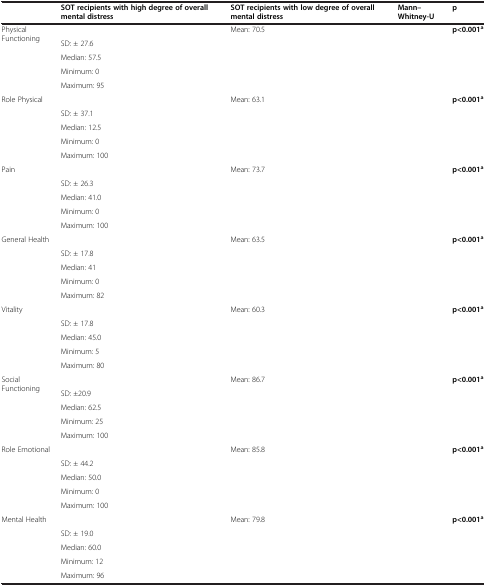
<table><thead><tr><td>[EMPTY_CELL]</td><td><b>SOT recipients with high degree of overall mental distress</b></td><td><b>SOT recipients with low degree of overall mental distress</b></td><td><b>Mann–Whitney-U</b></td><td><b>p</b></td></tr></thead><tbody><tr><td rowspan="5">Physical Functioning</td><td>[EMPTY_CELL]</td><td>Mean: 70.5</td><td rowspan="5">[EMPTY_CELL]</td><td rowspan="5"><b>p&lt;0.001</b><sup><b>a</b></sup></td></tr><tr><td>SD: ± 27.6</td><td>[EMPTY_CELL]</td></tr><tr><td>Median: 57.5</td><td>[EMPTY_CELL]</td></tr><tr><td>Minimum: 0</td><td>[EMPTY_CELL]</td></tr><tr><td>Maximum: 95</td><td>[EMPTY_CELL]</td></tr><tr><td rowspan="5">Role Physical</td><td>[EMPTY_CELL]</td><td>Mean: 63.1</td><td rowspan="5">[EMPTY_CELL]</td><td rowspan="5"><b>p&lt;0.001</b><sup><b>a</b></sup></td></tr><tr><td>SD: ± 37.1</td><td>[EMPTY_CELL]</td></tr><tr><td>Median: 12.5</td><td>[EMPTY_CELL]</td></tr><tr><td>Minimum: 0</td><td>[EMPTY_CELL]</td></tr><tr><td>Maximum: 100</td><td>[EMPTY_CELL]</td></tr><tr><td rowspan="5">Pain</td><td>[EMPTY_CELL]</td><td>Mean: 73.7</td><td rowspan="5">[EMPTY_CELL]</td><td rowspan="5"><b>p&lt;0.001</b><sup><b>a</b></sup></td></tr><tr><td>SD: ± 26.3</td><td>[EMPTY_CELL]</td></tr><tr><td>Median: 41.0</td><td>[EMPTY_CELL]</td></tr><tr><td>Minimum: 0</td><td>[EMPTY_CELL]</td></tr><tr><td>Maximum: 100</td><td>[EMPTY_CELL]</td></tr><tr><td rowspan="5">General Health</td><td>[EMPTY_CELL]</td><td>Mean: 63.5</td><td rowspan="5">[EMPTY_CELL]</td><td rowspan="5"><b>p&lt;0.001</b><sup><b>a</b></sup></td></tr><tr><td>SD: ± 17.8</td><td>[EMPTY_CELL]</td></tr><tr><td>Median: 41</td><td>[EMPTY_CELL]</td></tr><tr><td>Minimum: 0</td><td>[EMPTY_CELL]</td></tr><tr><td>Maximum: 82</td><td>[EMPTY_CELL]</td></tr><tr><td rowspan="5">Vitality</td><td>[EMPTY_CELL]</td><td>Mean: 60.3</td><td rowspan="5">[EMPTY_CELL]</td><td rowspan="5"><b>p&lt;0.001</b><sup><b>a</b></sup></td></tr><tr><td>SD: ± 17.8</td><td>[EMPTY_CELL]</td></tr><tr><td>Median: 45.0</td><td>[EMPTY_CELL]</td></tr><tr><td>Minimum: 5</td><td>[EMPTY_CELL]</td></tr><tr><td>Maximum: 80</td><td>[EMPTY_CELL]</td></tr><tr><td rowspan="5">Social Functioning</td><td>[EMPTY_CELL]</td><td>Mean: 86.7</td><td rowspan="5">[EMPTY_CELL]</td><td rowspan="5"><b>p&lt;0.001</b><sup><b>a</b></sup></td></tr><tr><td>SD: ±20.9</td><td>[EMPTY_CELL]</td></tr><tr><td>Median: 62.5</td><td>[EMPTY_CELL]</td></tr><tr><td>Minimum: 25</td><td>[EMPTY_CELL]</td></tr><tr><td>Maximum: 100</td><td>[EMPTY_CELL]</td></tr><tr><td rowspan="5">Role Emotional</td><td>[EMPTY_CELL]</td><td>Mean: 85.8</td><td rowspan="5">[EMPTY_CELL]</td><td rowspan="5"><b>p&lt;0.001</b><sup><b>a</b></sup></td></tr><tr><td>SD: ± 44.2</td><td>[EMPTY_CELL]</td></tr><tr><td>Median: 50.0</td><td>[EMPTY_CELL]</td></tr><tr><td>Minimum: 0</td><td>[EMPTY_CELL]</td></tr><tr><td>Maximum: 100</td><td>[EMPTY_CELL]</td></tr><tr><td rowspan="5">Mental Health</td><td>[EMPTY_CELL]</td><td>Mean: 79.8</td><td rowspan="5">[EMPTY_CELL]</td><td rowspan="5"><b>p&lt;0.001</b><sup><b>a</b></sup></td></tr><tr><td>SD: ± 19.0</td><td>[EMPTY_CELL]</td></tr><tr><td>Median: 60.0</td><td>[EMPTY_CELL]</td></tr><tr><td>Minimum: 12</td><td>[EMPTY_CELL]</td></tr><tr><td>Maximum: 96</td><td>[EMPTY_CELL]</td></tr></tbody></table>